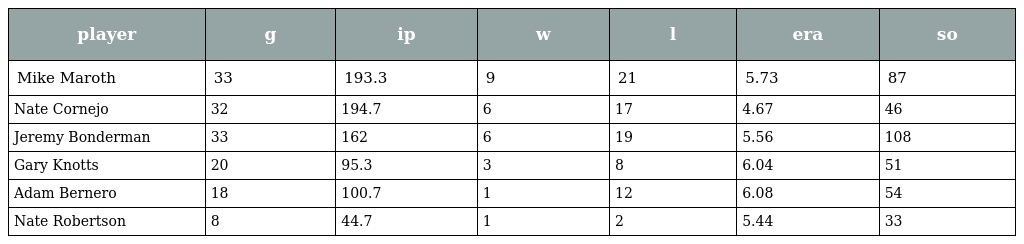
| player | g | ip | w | l | era | so |
 | --- | --- | --- | --- | --- | --- | --- |
 | Mike Maroth | 33 | 193.3 | 9 | 21 | 5.73 | 87 |
 | Nate Cornejo | 32 | 194.7 | 6 | 17 | 4.67 | 46 |
 | Jeremy Bonderman | 33 | 162 | 6 | 19 | 5.56 | 108 |
 | Gary Knotts | 20 | 95.3 | 3 | 8 | 6.04 | 51 |
 | Adam Bernero | 18 | 100.7 | 1 | 12 | 6.08 | 54 |
 | Nate Robertson | 8 | 44.7 | 1 | 2 | 5.44 | 33 |